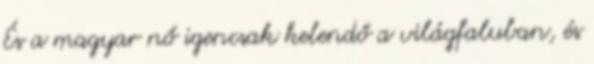
És a magyar nő igencsak kelendő a világfaluban, és